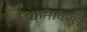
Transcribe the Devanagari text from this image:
केनावेरल